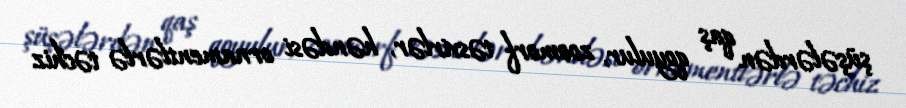
şüşələrdən qaş qoyulur, zoomorf təsvirlər, həndəsi ornamentlərlə təchiz